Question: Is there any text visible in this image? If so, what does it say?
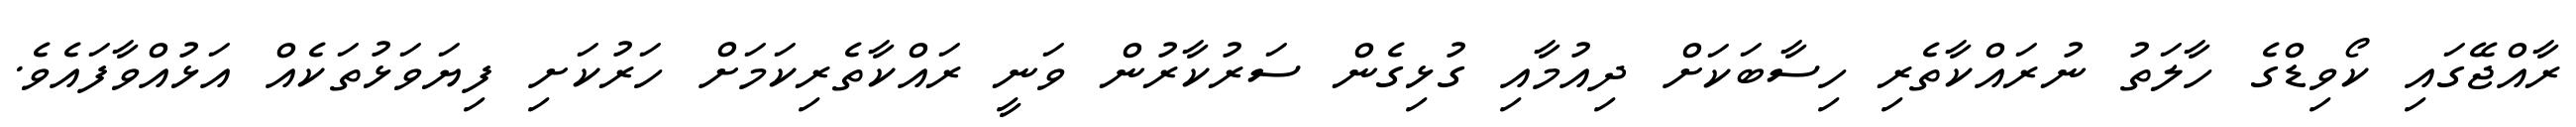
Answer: ރާއްޖޭގައި ކޯވިޑްގެ ހާލަތު ނުރައްކާތެރި ހިސާބަކަށް ދިއުމާއި ގުޅިގެން ސަރުކާރުން ވަނީ ރައްކާތެރިކަމަށް ހަރުކަށި ފިޔަވަޅުތަކެއް އަޅުއްވާފައެވެ.